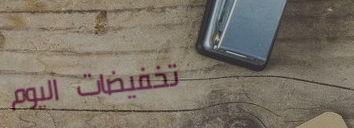
تخفيضات اليوم